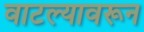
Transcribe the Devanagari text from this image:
वाटल्यावरून